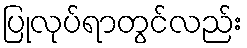
ပြုလုပ်ရာတွင်လည်း